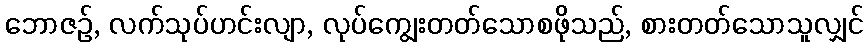
ဘောဇဉ်, လက်သုပ်ဟင်းလျာ, လုပ်ကျွေးတတ်သောစဖိုသည်, စားတတ်သောသူလျှင်